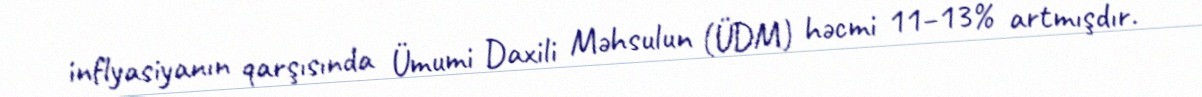
inflyasiyanın qarşısında Ümumi Daxili Məhsulun (ÜDM) həcmi 11–13% artmışdır.